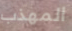
المهذب